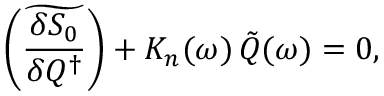
\left( \widetilde { \frac { \delta S _ { 0 } } { \delta Q ^ { \dagger } } } \right) + K _ { n } ( \omega ) \, \tilde { Q } ( \omega ) = 0 ,